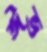
ঈভ